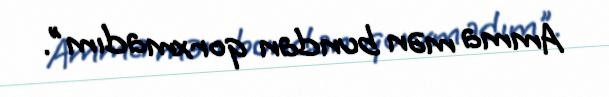
Amma mən bundan qorxmadım".